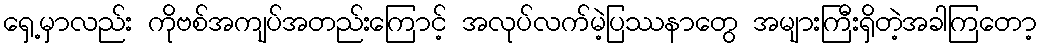
ရှေ့မှာလည်း ကိုဗစ်အကျပ်အတည်းကြောင့် အလုပ်လက်မဲ့ပြဿနာတွေ အများကြီးရှိတဲ့အခါကြတော့